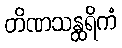
တိဏသန္ထရိကံ